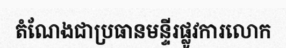
តំណែងជាប្រធានមន្ទីរផ្លូវការលោក